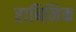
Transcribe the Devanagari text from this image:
राबिनिक